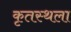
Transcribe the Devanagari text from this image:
कृतस्थला